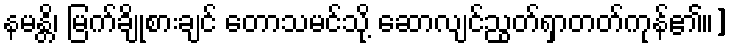
နမန္တိ၊ မြက်ချိုစားချင် တောသမင်သို့ ဆောလျင်ညွတ်ရှာတတ်ကုန်၏။]